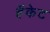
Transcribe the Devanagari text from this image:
हॅकेट